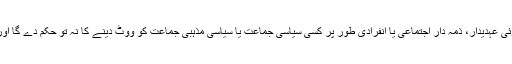
انتخابات کے وقت ”تحریک دعوتِ فقر” یا اس کا کوئی عہدیدار، ذمہ دار اجتماعی یا انفرادی طور پر کسی سیاسی جماعت یا سیاسی مذہبی جماعت کو ووٹ دینے کا نہ تو حکم دے گا اور نہ ہی اس کے لیے جماعت کے اندر کام کرے گا۔